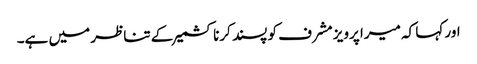
اور کہا کہ میرا پرویز مشرف کو پسند کرنا کشمیر کے تناظر میں ہے۔